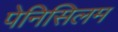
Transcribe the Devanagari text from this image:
पेनिसिलम